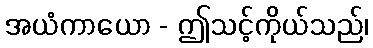
အယံကာယော - ဤသင့်ကိုယ်သည်၊